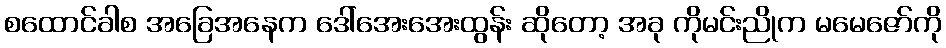
စထောင်ခါစ အခြေအနေက ဒေါ်အေးအေးထွန်း ဆိုတော့ အခု ကိုမင်းညိုက မမေဇော်ကို